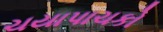
ચયાપાચકો